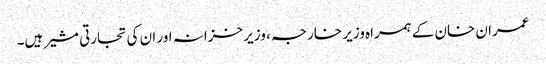
عمران خان کے ہمراہ وزیر خارجہ ، وزیر خزانہ اور ان کی تجارتی مشیر ہیں۔